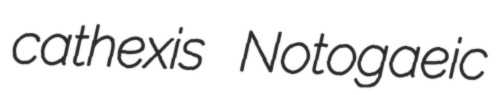
cathexis Notogaeic